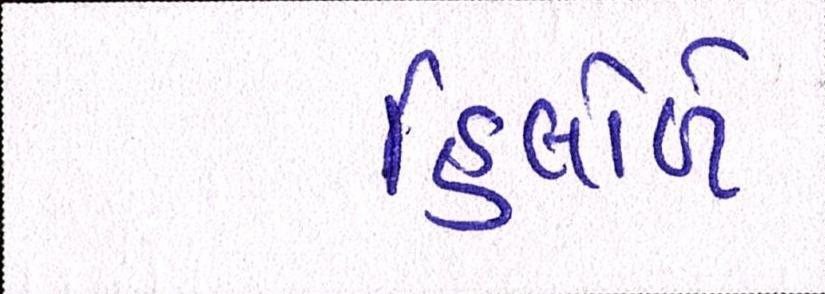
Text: હિલોળે